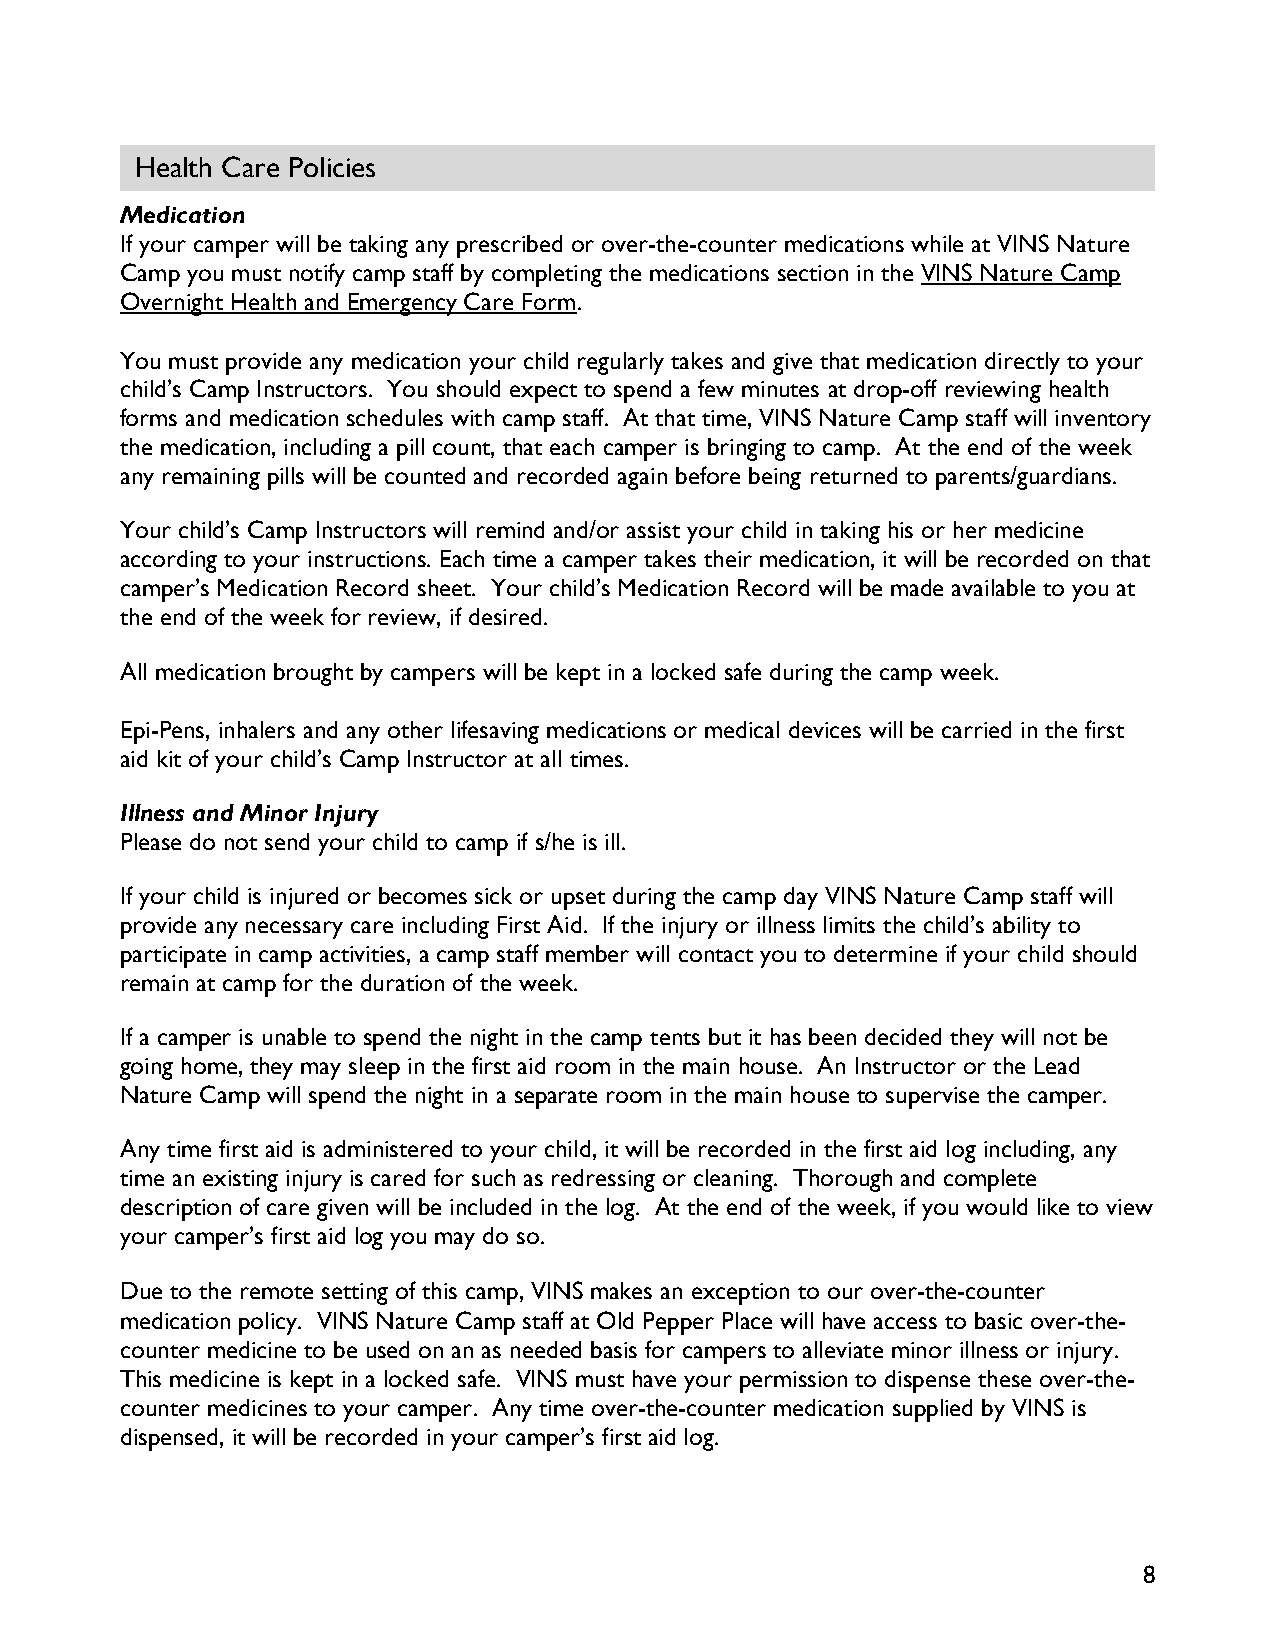
Health Care Policies
 Medication
 If your camper will be taking any prescribed or over-the-counter medications while at VINS Nature
 Camp you must notify camp staff by completing the medications section in the VINS Nature Camp
 Overnight Health and Emergency Care Form.
 You must provide any medication your child regularly takes and give that medication directly to your
 child’s Camp Instructors. You should expect to spend a few minutes at drop-off reviewing health
 forms and medication schedules with camp staff. At that time, VINS Nature Camp staff will inventory
 the medication, including a pill count, that each camper is bringing to camp. At the end of the week
 any remaining pills will be counted and recorded again before being returned to parents/guardians.
 Your child’s Camp Instructors will remind and/or assist your child in taking his or her medicine
 according to your instructions. Each time a camper takes their medication, it will be recorded on that
 camper’s Medication Record sheet. Your child’s Medication Record will be made available to you at
 the end of the week for review, if desired.
 All medication brought by campers will be kept in a locked safe during the camp week.
 Epi-Pens, inhalers and any other lifesaving medications or medical devices will be carried in the first
 aid kit of your child’s Camp Instructor at all times.
 Illness and Minor Injury
 Please do not send your child to camp if s/he is ill.
 If your child is injured or becomes sick or upset during the camp day VINS Nature Camp staff will
 provide any necessary care including First Aid. If the injury or illness limits the child’s ability to
 participate in camp activities, a camp staff member will contact you to determine if your child should
 remain at camp for the duration of the week.
 If a camper is unable to spend the night in the camp tents but it has been decided they will not be
 going home, they may sleep in the first aid room in the main house. An Instructor or the Lead
 Nature Camp will spend the night in a separate room in the main house to supervise the camper.
 Any time first aid is administered to your child, it will be recorded in the first aid log including, any
 time an existing injury is cared for such as redressing or cleaning. Thorough and complete
 description of care given will be included in the log. At the end of the week, if you would like to view
 your camper’s first aid log you may do so.
 Due to the remote setting of this camp, VINS makes an exception to our over-the-counter
 medication policy. VINS Nature Camp staff at Old Pepper Place will have access to basic over-the-
 counter medicine to be used on an as needed basis for campers to alleviate minor illness or injury.
 This medicine is kept in a locked safe. VINS must have your permission to dispense these over-the-
 counter medicines to your camper. Any time over-the-counter medication supplied by VINS is
 dispensed, it will be recorded in your camper’s first aid log.
 8